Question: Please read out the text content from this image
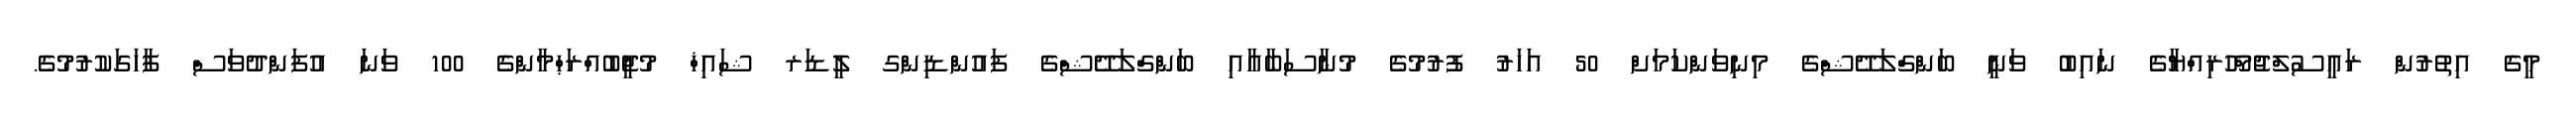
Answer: މީގެ އިތުރުން ރައީސުލްޖުމްހޫރިއްޔާގެ ނައިބު ވަނީ ބަންގްލަދޭޝްގެ މިނިވަންކަމަށް 50 އަހަރު ފުރުމުގެ މުނާސަބާއާއި ބަންގްލަދޭޝްގެ ފައުންޑިންގ ލީޑަރ ޝައިޚް މުޖީބުއްރަޙްމާންގެ 100 ވަނަ އުފަންދުވަސް ފާހަގަކުރުމުގެ.